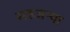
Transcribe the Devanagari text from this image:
सहजन्या